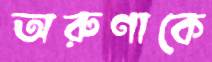
অরুণাকে